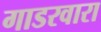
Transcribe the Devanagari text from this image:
गाडरवारा